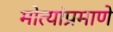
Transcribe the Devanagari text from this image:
मोत्यांप्रमाणे